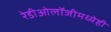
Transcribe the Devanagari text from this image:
रेडीओलॉजीमध्येही